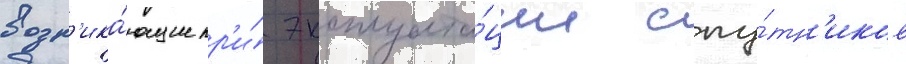
возн'ика́ющие пр'и́ эксплуата́ции спу́тн'иков